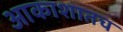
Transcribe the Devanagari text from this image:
आकाशातच